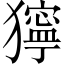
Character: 獰